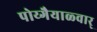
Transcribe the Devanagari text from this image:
पोय्गैयाळ्वार्